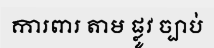
ការពារ តាម ផ្លូវ ច្បាប់